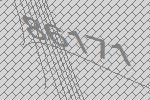
86171